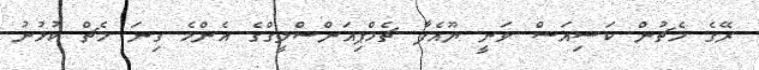
ރޭގެ މެޗުން ކަސިއަސް ވަނީ ޔޫއެފާ ޗެމްޕިއަންސްލީގްގެ އެންމެ ގިނަ މެޗް ކުޅުނު